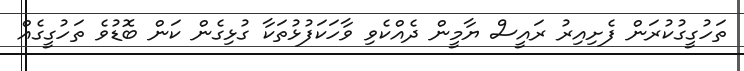
ތަހުގީގުކުރަން ފެށިއިރު ރައީސް ޔާމީން ދެއްކެވި ވާހަކަފުޅުތަކާ ގުޅިގެން ކަން ބޮޑުވެ ތަހުގީގެއް